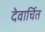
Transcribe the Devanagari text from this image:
देवार्चित